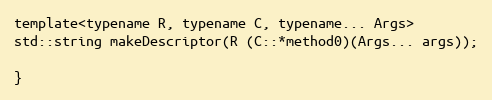
Language: C
template<typename R, typename C, typename... Args>
std::string makeDescriptor(R (C::*method0)(Args... args));

}